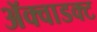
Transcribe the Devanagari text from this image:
ॲक्वाडक्ट